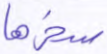
سخرها